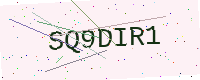
Text: SQ9DIR1